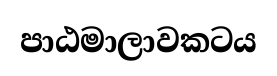
පාඨමාලාවකටය